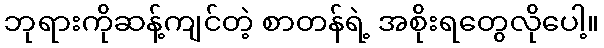
ဘုရားကိုဆန့်ကျင်တဲ့ စာတန်ရဲ့ အစိုးရတွေလိုပေါ့။